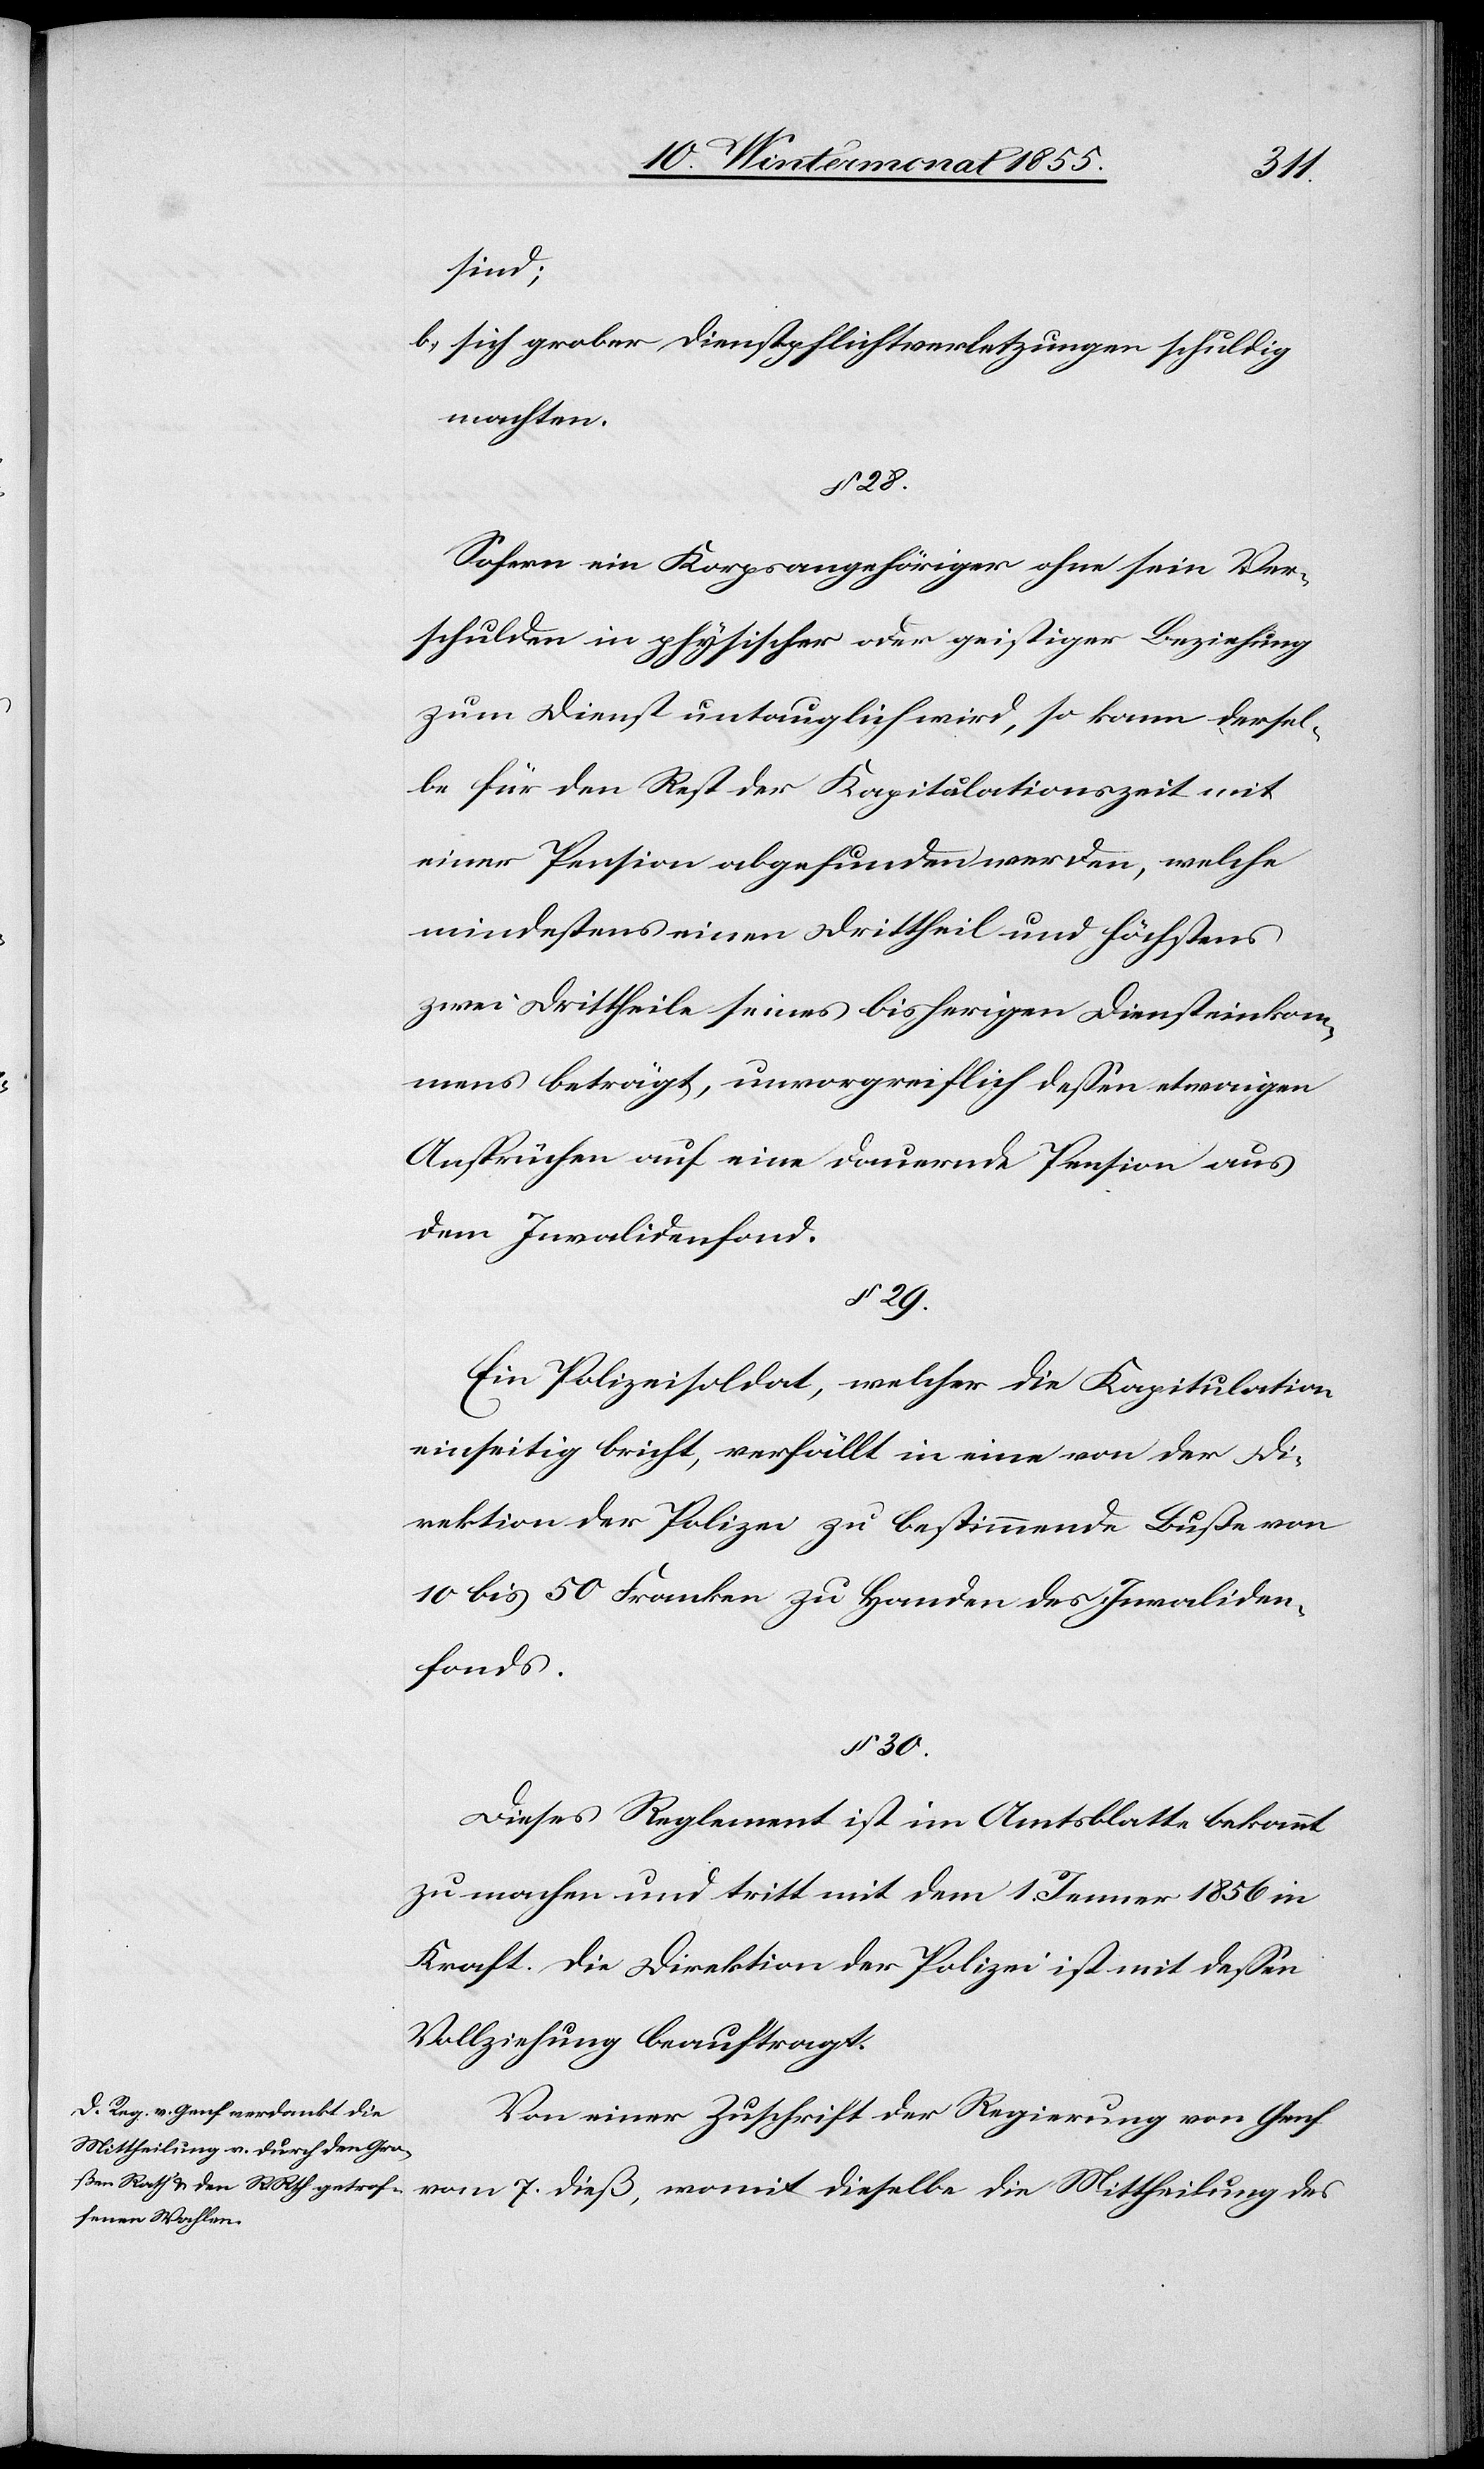
sind;
sich grober Dienstpflichtverletzungen schuldig
machten.
§ 28.
Sofern ein Korpsangehöriger ohne sein Ver¬
schulden in physischer oder geistiger Beziehung
zum Dienst untauglich wird, so kann dersel¬
be für den Rest der Kapitulationszeit mit
einer Pension abgefunden werden, welche
mindestens einen Drittheil und höchstens
zwei Drittheile seines bisherigen Diensteinkom¬
mens beträgt, unvorgreiflich dessen etwaigen
Ansprüchen auf eine dauernde Pension aus
dem Invalidenfond.
§ 29.
Ein Polizeisoldat, welcher die Kapitulation
einseitig bricht, verfällt in eine von der Di¬
rektion der Polizei zu bestimmende Buße von
10 bis 50 Franken zu Handen des Invaliden¬
fonds.
§ 30.
Dieses Reglement ist im Amtsblatte bekannt
zu machen und tritt mit dem 1. Jenner 1856 in
Kraft. Die Direktion der Polizei ist mit dessen
Vollziehung beauftragt.
Von einer Zuschrift der Regierung von Genf
vom 7. dieß, womit dieselbe die Mittheilung des